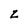
Character: Z